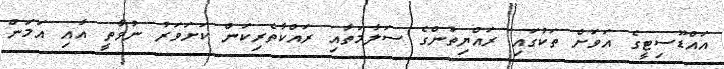
އައްޑޫސިޓީގެ އަވަށް ތަކުގައި ރައްޔިތުންގެ ސަލާމަތާއި ރައްކާތެރިކަން ކަށަވަރު ނުވާތީ އާއި އަމަން